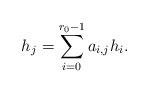
LaTeX: \begin{align*}h_{j} = \sum_{i=0}^{r_0-1}a_{i,j} h_{i}.\end{align*}